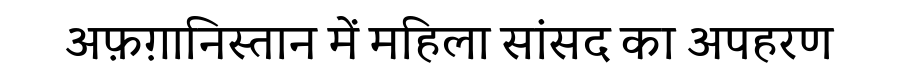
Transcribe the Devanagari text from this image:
अफ़ग़ानिस्तान में महिला सांसद का अपहरण